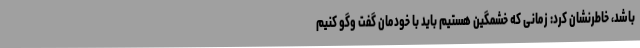
باشد، خاطرنشان کرد: زمانی که خشمگین هستیم باید با خودمان گفت وگو کنیم